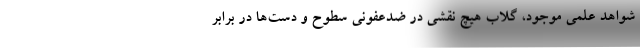
شواهد علمی موجود، گلاب هیچ نقشی در ضدعفونی سطوح و دست‌ها در برابر